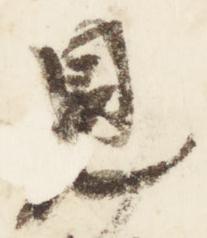
見